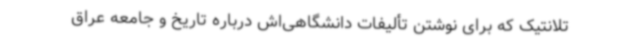
تلانتیک که برای نوشتن تألیفات دانشگاهی‌اش درباره تاریخ و جامعه عراق